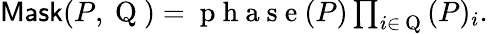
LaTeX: \begin{array}{r}{\textsf{Mask}(P,\mathrm{~Q~})=\mathrm{~p~h~a~s~e~}(P)\prod_{i\in\mathrm{~Q~}}(P)_{i}.}\end{array}